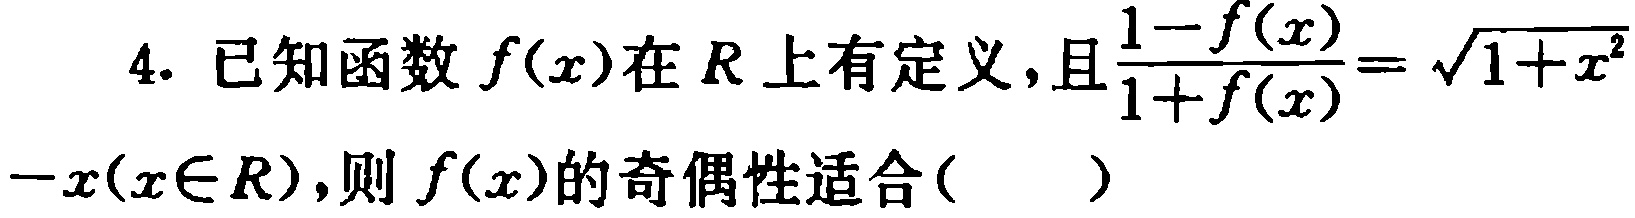
4. 已知函数$f(x)$在$R$上有定义，且$\frac{1 - f(x)}{1 + f(x)} = \sqrt{1 + x^{2}}-x(x\in R)$，则$f(x)$的奇偶性适合( )